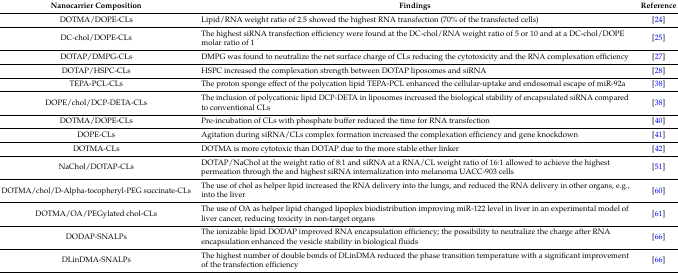
<table><thead><tr><td><b>Nanocarrier Composition</b></td><td><b>Findings</b></td><td><b>Reference</b></td></tr></thead><tbody><tr><td>DOTMA/DOPE-CLs</td><td>Lipid/RNA weight ratio of 2.5 showed the highest RNA transfection (70% of the transfected cells)</td><td>[24]</td></tr><tr><td>DC-chol/DOPE-CLs</td><td>The highest siRNA transfection efficiency were found at the DC-chol/RNA weight ratio of 5 or 10 and at a DC-chol/DOPE molar ratio of 1</td><td>[25]</td></tr><tr><td>DOTAP/DMPG-CLs</td><td>DMPG was found to neutralize the net surface charge of CLs reducing the cytotoxicity and the RNA complexation efficiency</td><td>[27]</td></tr><tr><td>DOTAP/HSPC-CLs</td><td>HSPC increased the complexation strength between DOTAP liposomes and siRNA</td><td>[28]</td></tr><tr><td>TEPA-PCL-CLs</td><td>The proton sponge effect of the polycation lipid TEPA-PCL enhanced the cellular-uptake and endosomal escape of miR-92a</td><td>[38]</td></tr><tr><td>DOPE/chol/DCP-DETA-CLs</td><td>The inclusion of polycationic lipid DCP-DETA in liposomes increased the biological stability of encapsulated siRNA compared to conventional CLs</td><td>[38]</td></tr><tr><td>DOTMA/DOPE-CLs</td><td>Pre-incubation of CLs with phosphate buffer reduced the time for RNA transfection</td><td>[40]</td></tr><tr><td>DOPE-CLs</td><td>Agitation during siRNA/CLs complex formation increased the complexation efficiency and gene knockdown</td><td>[41]</td></tr><tr><td>DOTMA-CLs</td><td>DOTMA is more cytotoxic than DOTAP due to the more stable ether linker</td><td>[42]</td></tr><tr><td>NaChol/DOTAP-CLs</td><td>DOTAP/NaChol at the weight ratio of 8:1 and siRNA at a RNA/CL weight ratio of 16:1 allowed to achieve the highest permeation through the and highest siRNA internalization into melanoma UACC-903 cells</td><td>[51]</td></tr><tr><td>DOTMA/chol/D-Alpha-tocopheryl-PEG succinate-CLs</td><td>The use of chol as helper lipid increased the RNA delivery into the lungs, and reduced the RNA delivery in other organs, e.g., into the liver</td><td>[60]</td></tr><tr><td>DOTMA/OA/PEGylated chol-CLs</td><td>The use of OA as helper lipid changed lipoplex biodistribution improving miR-122 level in liver in an experimental model of liver cancer, reducing toxicity in non-target organs</td><td>[61]</td></tr><tr><td>DODAP-SNALPs</td><td>The ionizable lipid DODAP improved RNA encapsulation efficiency; the possibility to neutralize the charge after RNA encapsulation enhanced the vesicle stability in biological fluids</td><td>[66]</td></tr><tr><td>DLinDMA-SNALPs</td><td>The highest number of double bonds of DLinDMA reduced the phase transition temperature with a significant improvement of the transfection efficiency</td><td>[66]</td></tr></tbody></table>